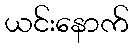
ယင်းနောက်